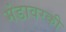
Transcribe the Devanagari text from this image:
मंडावरकी